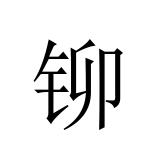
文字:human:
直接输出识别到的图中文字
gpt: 铆